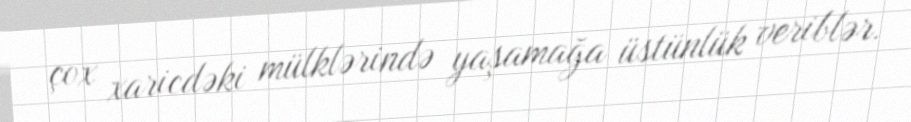
çox xaricdəki mülklərində yaşamağa üstünlük veriblər.